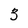
Character: 5